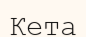
Кета